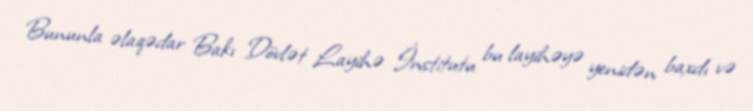
Bununla əlaqədar Bakı Dövlət Layihə İnstitutu bu layihəyə yenidən baxdı və